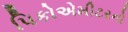
પિકોએમીટરનો